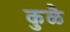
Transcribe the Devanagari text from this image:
कुळै